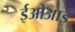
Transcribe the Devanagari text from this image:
ईओआई